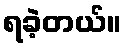
ရခဲ့တယ်။